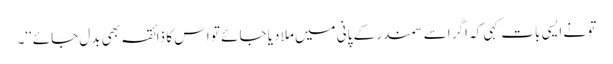
تو نے ایسی بات کہی کہ اگر اسے سمندر کے پانی میں ملا دیا جائے تو اس کا ذائقہ بھی بدل جائے‘‘۔